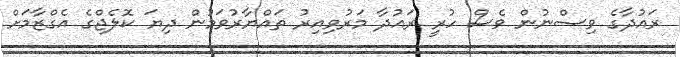
ރައުދާގެ ވިސްނުން ވެސް ހުރީ ރައުދާ މަރުވިއިރު ތައްޔާރުވަމުން ދިޔަ ކޮލެޖްގެ އެގްޒާމަށް